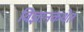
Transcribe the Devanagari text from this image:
विज्ञानकथेत